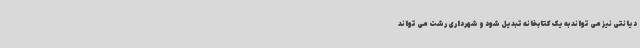
دیانتی نیز می تواند به یک کتابخانه تبدیل شود و شهرداری رشت می تواند